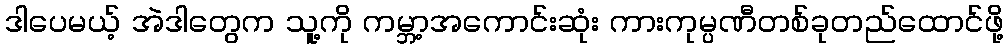
ဒါပေမယ့် အဲဒါတွေက သူ့ကို ကမ္ဘာ့အကောင်းဆုံး ကားကုမ္ပဏီတစ်ခုတည်ထောင်ဖို့